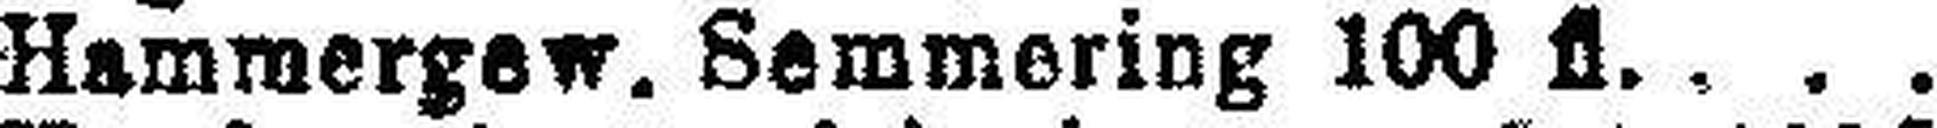
Hammergew. Semmering 100 fl.